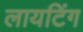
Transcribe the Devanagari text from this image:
लायटिंग